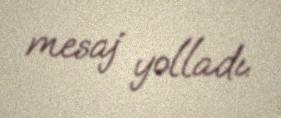
mesaj yolladı.